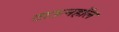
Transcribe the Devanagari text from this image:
टाऊनहॉल